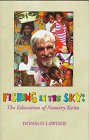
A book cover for Fishing in the Sky: The Education of Namory Keita; Donald Lawder; Travel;